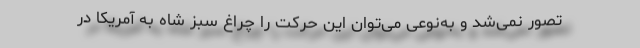
تصور نمی‌شد و به‌نوعی می‌توان این حركت را چراغ سبز شاه به آمریكا در